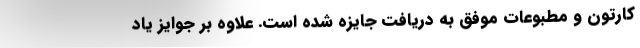
کارتون و مطبوعات موفق به دریافت جایزه شده است. علاوه بر جوایز یاد